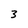
Character: 3